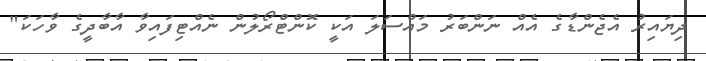
ދިޔައިރު އެޖެންޑާގެ އެއް ނަންބަރު މައްސަލަ އަކީ ކޮންޓްރޯލުން ނެއްޓިފައިވާ އާބާދީގެ ވާހަކަ"